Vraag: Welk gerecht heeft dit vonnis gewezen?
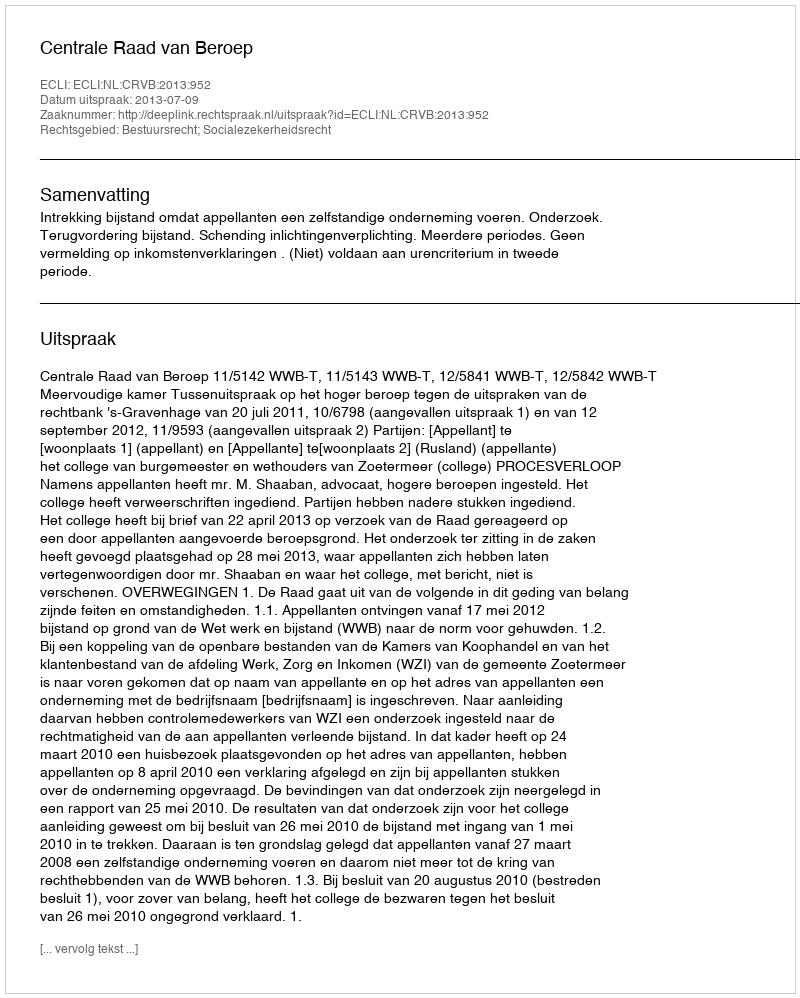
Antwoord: Centrale Raad van Beroep